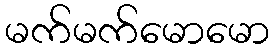
မက်မက်မောမော